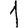
Digit: 1